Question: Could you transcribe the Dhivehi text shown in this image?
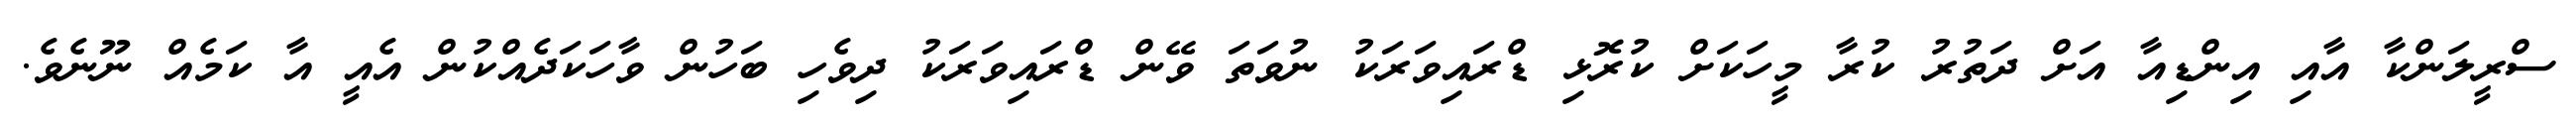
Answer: ސްރީލަންކާ އާއި އިންޑިއާ އަށް ދަތުރު ކުރާ މީހަކަށް ކުރޮޅި ޑްރައިވަރަކު ނުވަތަ ވޭން ޑްރައިވަރަކު ދިވެހި ބަހުން ވާހަކަދެއްކުން އެއީ އާ ކަމެއް ނޫނެވެ.